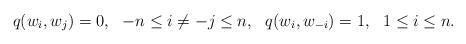
LaTeX: \begin{align*} q(w_i, w_j)=0,\ \ -n\leq i\neq -j\leq n,\ \ q(w_i, w_{-i})=1,\ \ 1\leq i\leq n. \end{align*}